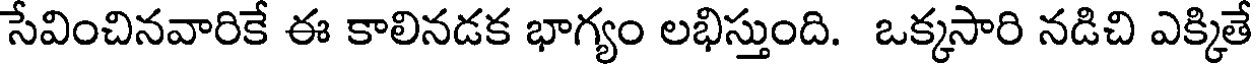
సేవించినవారికే ఈ కాలినడక భాగ్యం లభిస్తుంది. ఒక్కసారి నడిచి ఎక్కితే